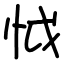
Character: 怴